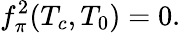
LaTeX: f_{\pi}^{2}(T_{c},T_{0})=0.